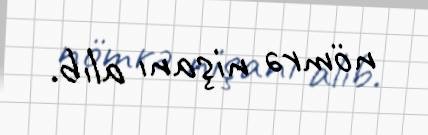
nömrə nişanı alıb.